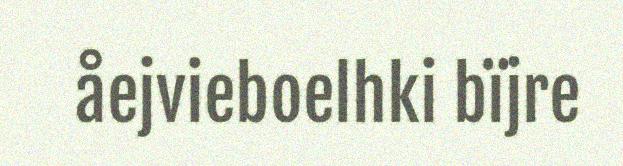
åejvieboelhki bïjre